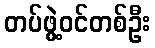
တပ်ဖွဲ့ဝင်တစ်ဦး